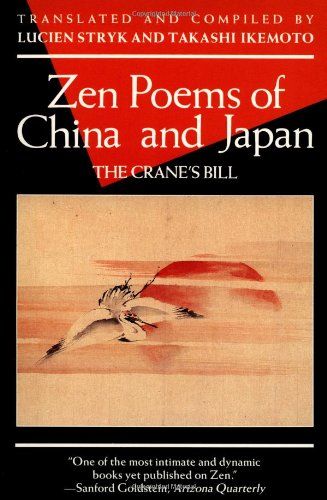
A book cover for Zen Poems of China and Japan: The Crane's Bill (Evergreen Book); Literature & Fiction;